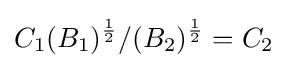
C_{1}(B_{1})^{\frac {1}{2}}/(B_{2})^{\frac {1}{2}}=C_{2}